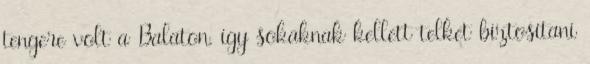
tengere volt a Balaton, így sokaknak kellett telket biztosítani